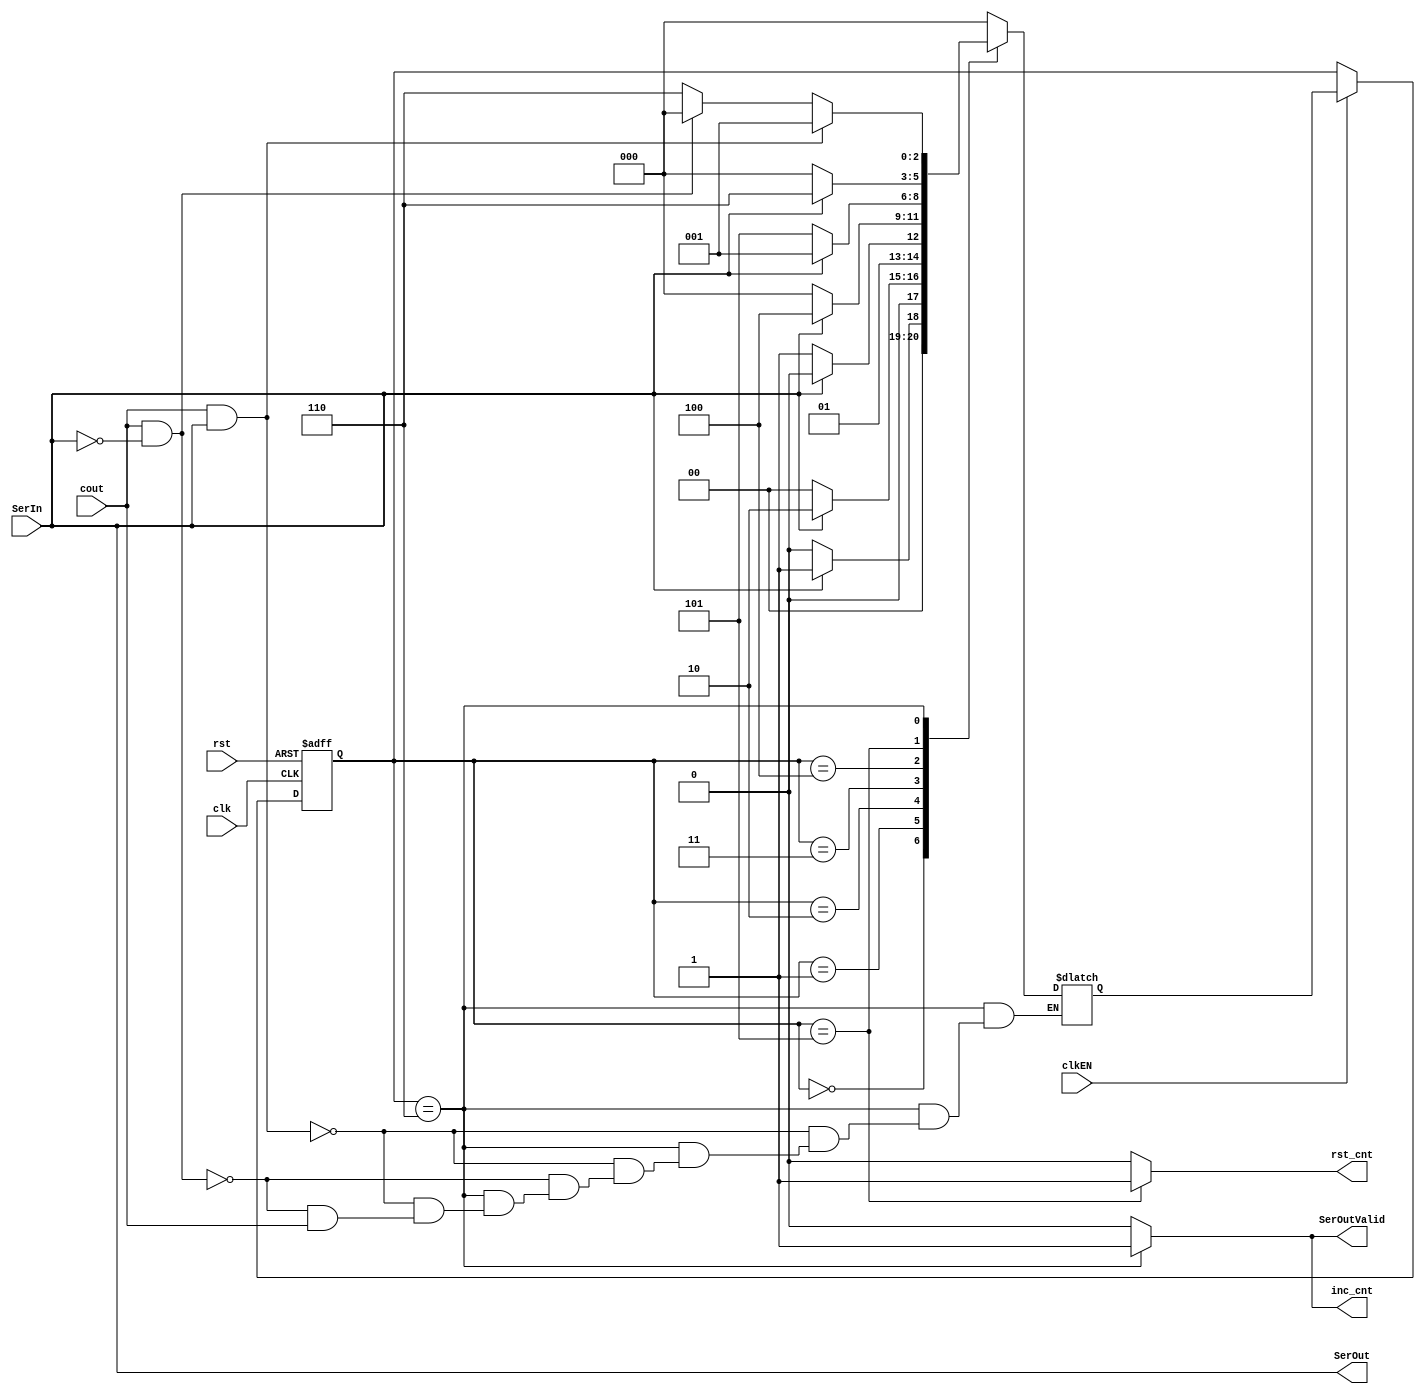
module sequence_detector (
    input clk,rst,clkEN,cout,SerIn,
    output SerOut,
    output reg SerOutValid,inc_cnt,rst_cnt
);
    parameter A = 0, B = 1, C = 2, D = 3, E = 4, F = 5, G = 6;
    reg [2:0] pstate,nstate;
    initial pstate = A;
    always @(pstate, SerIn, cout) begin
        {inc_cnt, rst_cnt, SerOutValid} = 3'b000;
	$display("%d",pstate);
        case(pstate)     
            A: nstate = SerIn ? B : A;
            B: nstate = SerIn ? C : A;
            C: nstate = SerIn ? C : D;
            D: nstate = SerIn ? E : A;
            E: nstate = SerIn ? B : F;
            F: begin 
                rst_cnt = 1;
                nstate = SerIn ? G : A;
            end
            G: begin
                inc_cnt = 1;
                SerOutValid = 1;
                if(cout == 1 && SerIn == 1)
                    nstate = B;
                else if(cout == 1 && SerIn == 0)
                    nstate = A;
                else if(cout == 0)
                    nstate = G; 
            end
            default nstate = A;
        endcase
    end


    assign SerOut = SerIn;

    always @(posedge clk, posedge rst) begin
        if(rst)
            pstate <= A;
        else if(clkEN)
            pstate <= nstate;
    end
endmodule